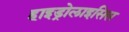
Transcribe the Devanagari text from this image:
हाइड्रोलाइसिस